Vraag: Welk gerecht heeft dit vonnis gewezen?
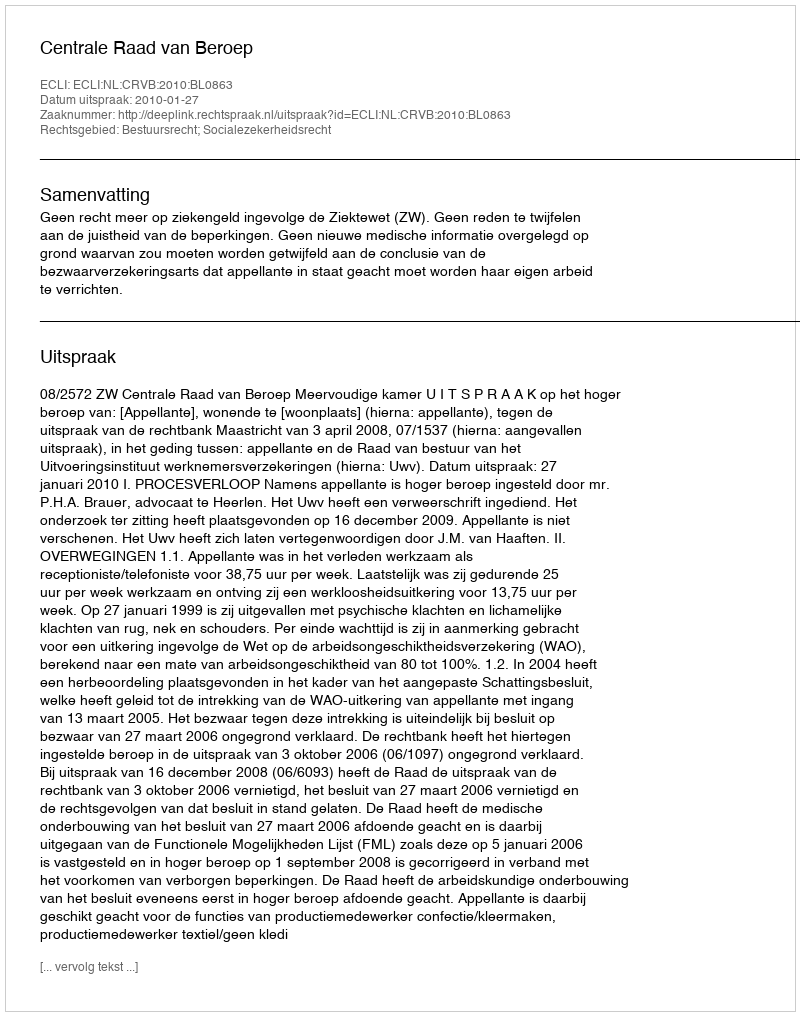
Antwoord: Centrale Raad van Beroep